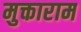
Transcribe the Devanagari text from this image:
मुक्ताराम